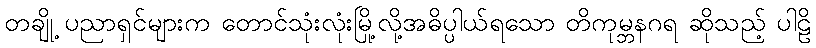
တချို့ ပညာရှင်များက တောင်သုံးလုံးမြို့လို့အဓိပ္ပါယ်ရသော တိကုမ္ဘနဂရ ဆိုသည့် ပါဠိ